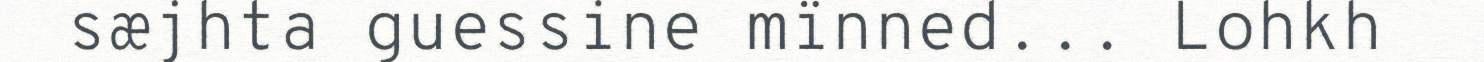
sæjhta guessine mïnned... Lohkh